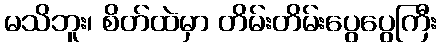
မသိဘူး၊ စိတ်ထဲမှာ တိမ်းတိမ်းပွေပွေကြီး